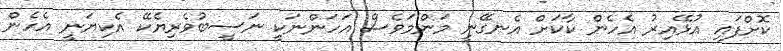
ކޮށްފައި އުޅޭއިރު އެހެން ކާކަށް އެނގޭނީ މަންމަވެސް އަހަންނަކީ ނަސީބުވެރިޔެކޭ އެކިޔަނީ އެހެން